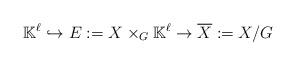
LaTeX: \begin{align*} \mathbb{K}^{\ell} \hookrightarrow E:=X \times_G \mathbb{K}^{\ell} \rightarrow \overline{X}:=X/G \end{align*}